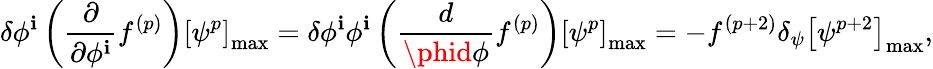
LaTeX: \delta\phi^{\mathbf{i}}\left(\frac{{\partial}}{{\partial\phi^{\mathbf{i}}}}f^{(p)}\right)\left[\psi^{p}\right]_{\mathrm{{max}}}=\delta\phi^{\mathbf{i}}\phi^{\mathbf{i}}\left(\frac{{d}}{{\phid\phi}}f^{(p)}\right)\left[\psi^{p}\right]_{\mathrm{{max}}}=-f^{(p+2)}\delta_{\psi}\left[\psi^{p+2}\right]_{\mathrm{{max}}},